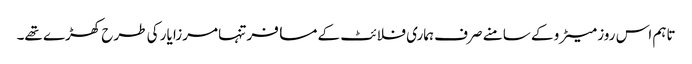
تاہم اس روز میٹرو کے سامنے صرف ہماری فلائٹ کے مسافر تنہا مرزا یار کی طرح کھڑے تھے۔